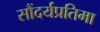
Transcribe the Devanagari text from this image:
सौंदर्यप्रतिमा